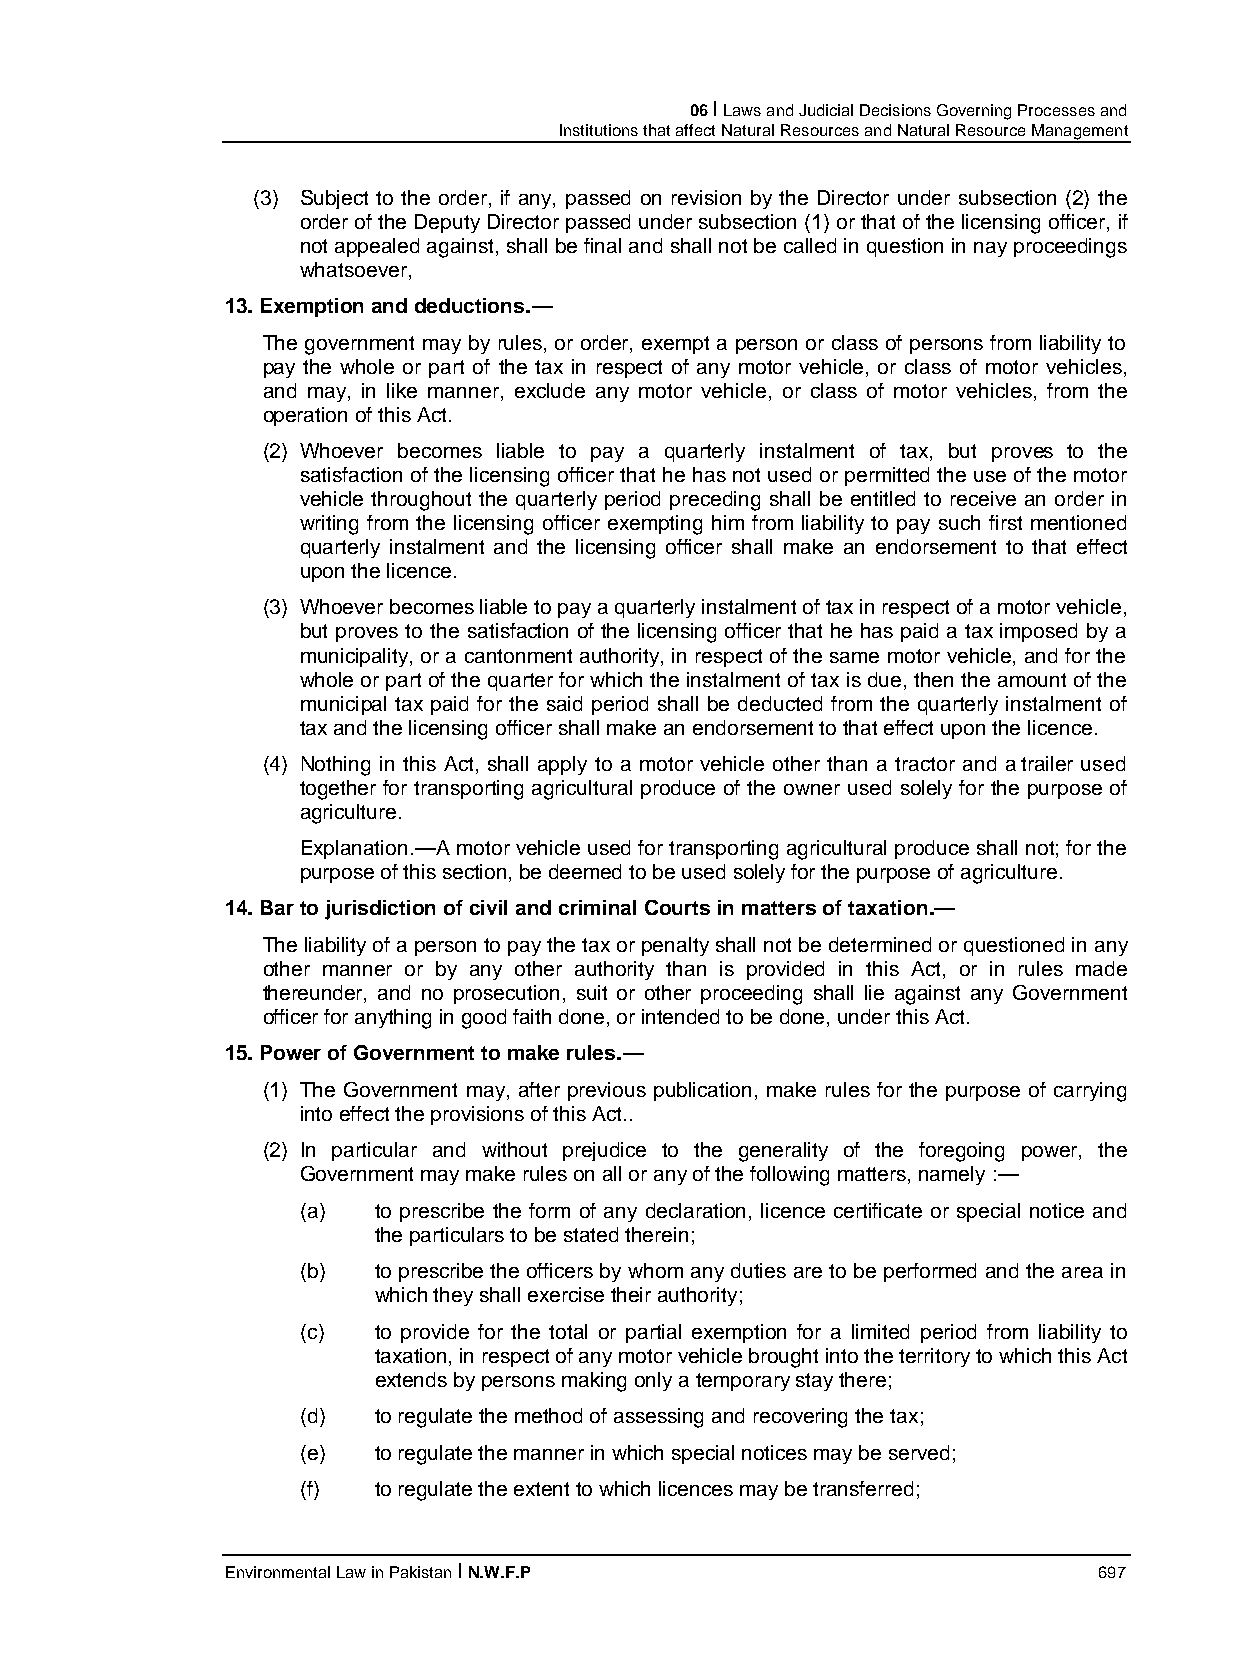
06 I Laws and Judicial Decisions Governing Processes and
 Institutions that affect Natural Resources and Natural Resource Management
 (3) Subject to the order, if any, passed on revision by the Director under subsection (2) the
 order of the Deputy Director passed under subsection (1) or that of the licensing officer, if
 not appealed against, shall be final and shall not be called in question in nay proceedings
 whatsoever,
 13. Exemption and deductions.—
 The government may by rules, or order, exempt a person or class of persons from liability to
 pay the whole or part of the tax in respect of any motor vehicle, or class of motor vehicles,
 and may, in like manner, exclude any motor vehicle, or class of motor vehicles, from the
 operation of this Act.
 (2) Whoever becomes liable to pay a quarterly instalment of tax, but proves to the
 satisfaction of the licensing officer that he has not used or permitted the use of the motor
 vehicle throughout the quarterly period preceding shall be entitled to receive an order in
 writing from the licensing officer exempting him from liability to pay such first mentioned
 quarterly instalment and the licensing officer shall make an endorsement to that effect
 upon the licence.
 (3) Whoever becomes liable to pay a quarterly instalment of tax in respect of a motor vehicle,
 but proves to the satisfaction of the licensing officer that he has paid a tax imposed by a
 municipality, or a cantonment authority, in respect of the same motor vehicle, and for the
 whole or part of the quarter for which the instalment of tax is due, then the amount of the
 municipal tax paid for the said period shall be deducted from the quarterly instalment of
 tax and the licensing officer shall make an endorsement to that effect upon the licence.
 (4) Nothing in this Act, shall apply to a motor vehicle other than a tractor and a trailer used
 together for transporting agricultural produce of the owner used solely for the purpose of
 agriculture.
 Explanation.—A motor vehicle used for transporting agricultural produce shall not; for the
 purpose of this section, be deemed to be used solely for the purpose of agriculture.
 14. Bar to jurisdiction of civil and criminal Courts in matters of taxation.—
 The liability of a person to pay the tax or penalty shall not be determined or questioned in any
 other manner or by any other authority than is provided in this Act, or in rules made
 thereunder, and no prosecution, suit or other proceeding shall lie against any Government
 officer for anything in good faith done, or intended to be done, under this Act.
 15. Power of Government to make rules.—
 (1) The Government may, after previous publication, make rules for the purpose of carrying
 into effect the provisions of this Act..
 (2) In particular and without prejudice to the generality of the foregoing power, the
 Government may make rules on all or any of the following matters, namely :—
 (a)  to prescribe the form of any declaration, licence certificate or special notice and
 the particulars to be stated therein;
 (b)  to prescribe the officers by whom any duties are to be performed and the area in
 which they shall exercise their authority;
 (c)  to provide for the total or partial exemption for a limited period from liability to
 taxation, in respect of any motor vehicle brought into the territory to which this Act
 extends by persons making only a temporary stay there;
 (d)  to regulate the method of assessing and recovering the tax;
 (e)  to regulate the manner in which special notices may be served;
 (f)  to regulate the extent to which licences may be transferred;
 Environmental Law in Pakistan I N.W.F.P                   697